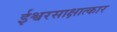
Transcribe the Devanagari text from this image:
ईश्वरसाक्षात्कार